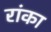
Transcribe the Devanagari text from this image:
रांका